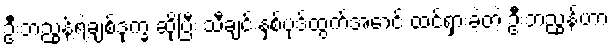
ဦးဘညွန့်ရဲ့ချစ်ဒုက္ခ ဆိုပြီး သီချင်းနှစ်ပုဒ်ထွက်အောင် ထင်ရှားခဲ့တဲ့ ဦးဘညွန့်ဟာ